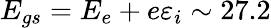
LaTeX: E_{gs}=E_{e}+e\varepsilon_{i}\sim 27.2